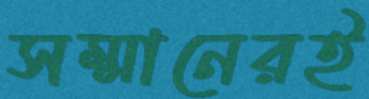
সম্মানেরই